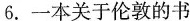
6.一本关于伦敦的书